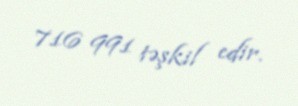
716 991 təşkil edir.